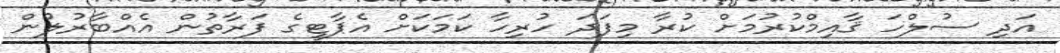
އަދި ސުލްހަ ޤާއިމްކުރުމަށް ކުރާ މިފަދަ ހުރިހާ ކަމަކަށް އެޕާޓީގެ ފަރާތުން އެއްބާރުލުން